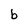
Character: b